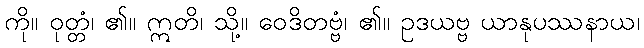
ကို။ ဝုတ္တံ၊ ၏။ ဣတိ၊ သို့။ ဝေဒိတဗ္ဗံ၊ ၏။ ဥဒယဗ္ဗ ယာနုပဿနာယ၊